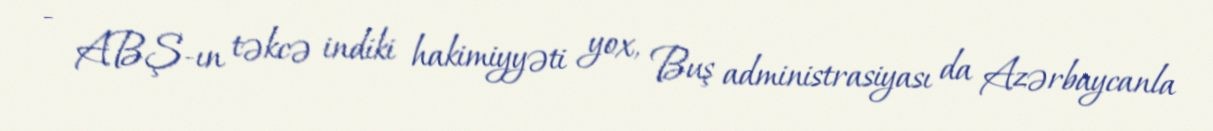
- ABŞ-ın təkcə indiki hakimiyyəti yox, Buş administrasiyası da Azərbaycanla